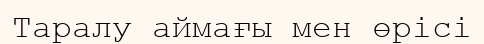
Таралу аймағы мен өрісі